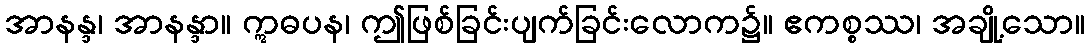
အာနန္ဒ၊ အာနန္ဒာ။ ဣဓပန၊ ဤဖြစ်ခြင်းပျက်ခြင်းလောက၌။ ဧကစ္စဿ၊ အချို့သော။